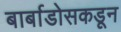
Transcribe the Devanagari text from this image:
बार्बाडोसकडून